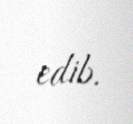
edib.